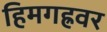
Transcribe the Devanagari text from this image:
हिमगह्रवर